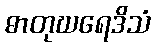
ဓာတုဃရေဒိသံ